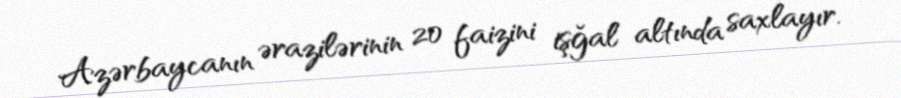
Azərbaycanın ərazilərinin 20 faizini işğal altında saxlayır.